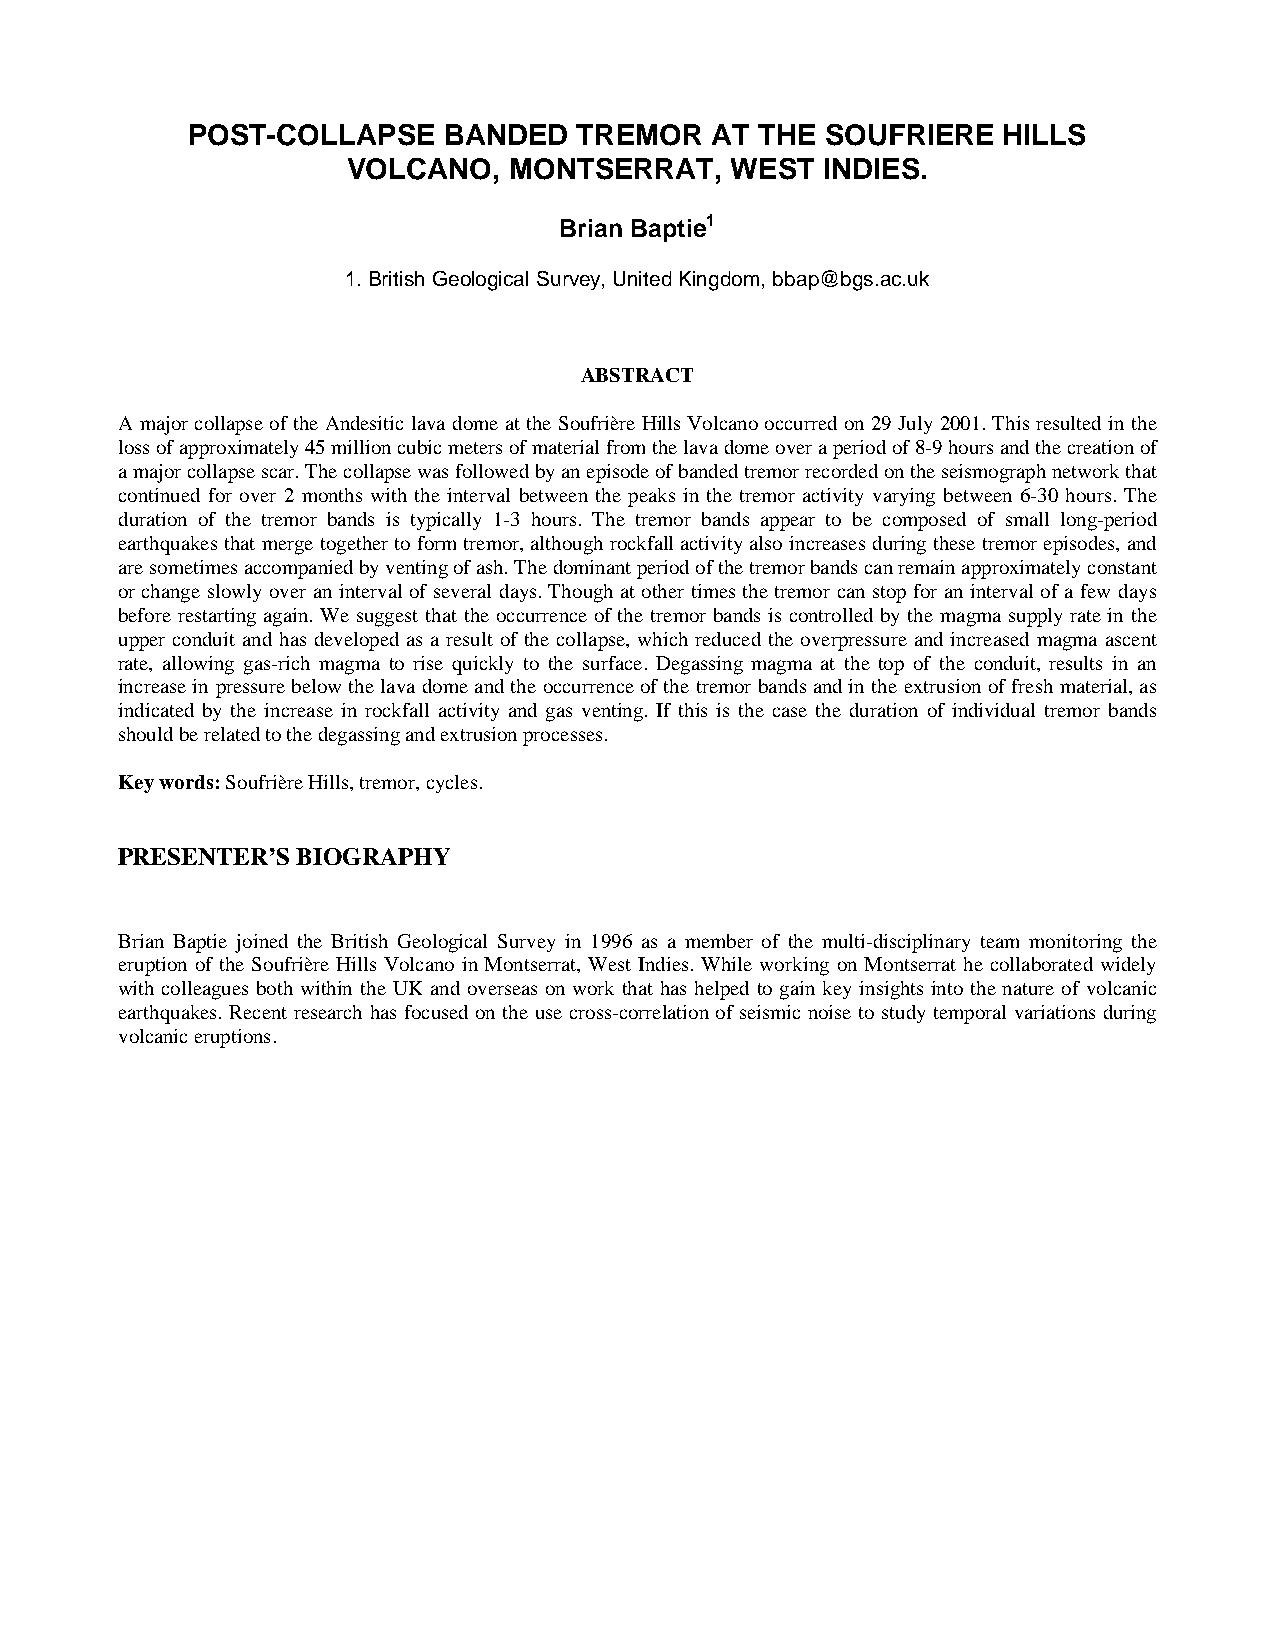
POST-COLLAPSE    BANDED   TREMOR   AT THE  SOUFRIERE  HILLS
 VOLCANO,   MONTSERRAT,   WEST  INDIES.
 Brian Baptie1
 1. British Geological Survey, United Kingdom, bbap@bgs.ac.uk
 ABSTRACT
 A major collapse of the Andesitic lava dome at the Soufrière Hills Volcano occurred on 29 July 2001. This resulted in the
 loss of approximately 45 million cubic meters of material from the lava dome over a period of 8-9 hours and the creation of
 a major collapse scar. The collapse was followed by an episode of banded tremor recorded on the seismograph network that
 continued for over 2 months with the interval between the peaks in the tremor activity varying between 6-30 hours. The
 duration of the tremor bands is typically 1-3 hours. The tremor bands appear to be composed of small long-period
 earthquakes that merge together to form tremor, although rockfall activity also increases during these tremor episodes, and
 are sometimes accompanied by venting of ash. The dominant period of the tremor bands can remain approximately constant
 or change slowly over an interval of several days. Though at other times the tremor can stop for an interval of a few days
 before restarting again. We suggest that the occurrence of the tremor bands is controlled by the magma supply rate in the
 upper conduit and has developed as a result of the collapse, which reduced the overpressure and increased magma ascent
 rate, allowing gas-rich magma to rise quickly to the surface. Degassing magma at the top of the conduit, results in an
 increase in pressure below the lava dome and the occurrence of the tremor bands and in the extrusion of fresh material, as
 indicated by the increase in rockfall activity and gas venting. If this is the case the duration of individual tremor bands
 should be related to the degassing and extrusion processes.
 Key words: Soufrière Hills, tremor, cycles.
 PRESENTER’S BIOGRAPHY
 Brian Baptie joined the British Geological Survey in 1996 as a member of the multi-disciplinary team monitoring the
 eruption of the Soufrière Hills Volcano in Montserrat, West Indies. While working on Montserrat he collaborated widely
 with colleagues both within the UK and overseas on work that has helped to gain key insights into the nature of volcanic
 earthquakes. Recent research has focused on the use cross-correlation of seismic noise to study temporal variations during
 volcanic eruptions.